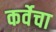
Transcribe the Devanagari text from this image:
कर्वेचा